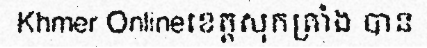
Khmer Onlineខេត្តសុកត្រាំង បាន